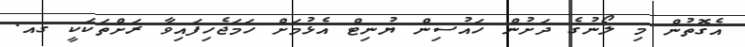
އެގޮތުން މި ލޯނުގެ ދަށުން ހައުސިން ޔުނިޓް އެޅުމަށް ހަމަޖެހިފައިވާ ރަށްތަކަކީ ގއ.